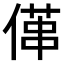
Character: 𠍔